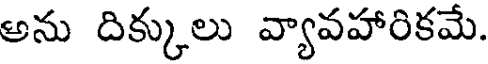
అను దిక్కులు వ్యావహారికమే.